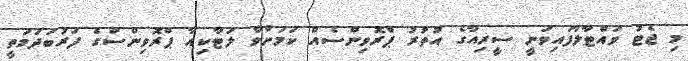
މި ޖެޓު ވައްޓާލާފައިވަނީ ސީރިއާގެ އުތުރު ޕްރޮވިންސެއް ކަމަށްވާ ލަޓާކިއާ ޕްރޮވިންސްގެ ފަރުބަދަމަތީ